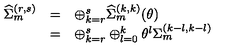
\begin{array} { l c l } { { \widehat \Sigma } _ { m } ^ { ( r , s ) } } & { = } & { \oplus _ { k = r } ^ { s } { \widehat \Sigma } _ { m } ^ { ( k , k ) } ( \theta ) } \\ { } & { = } & { \oplus _ { k = r } ^ { s } \oplus _ { l = 0 } ^ { k } { \theta } ^ { l } { \Sigma } _ { m } ^ { ( k - l , k - l ) } } \\ \end{array}